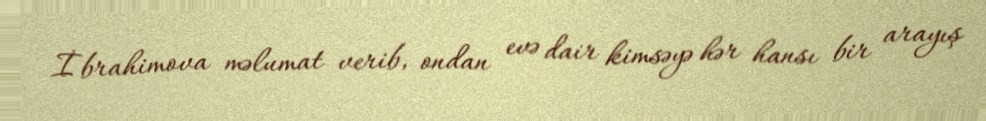
İbrahimova məlumat verib, ondan evə dair kimsəyə hər hansı bir arayış